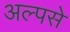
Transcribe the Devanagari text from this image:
अल्पसे